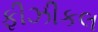
ફીઝીકલ